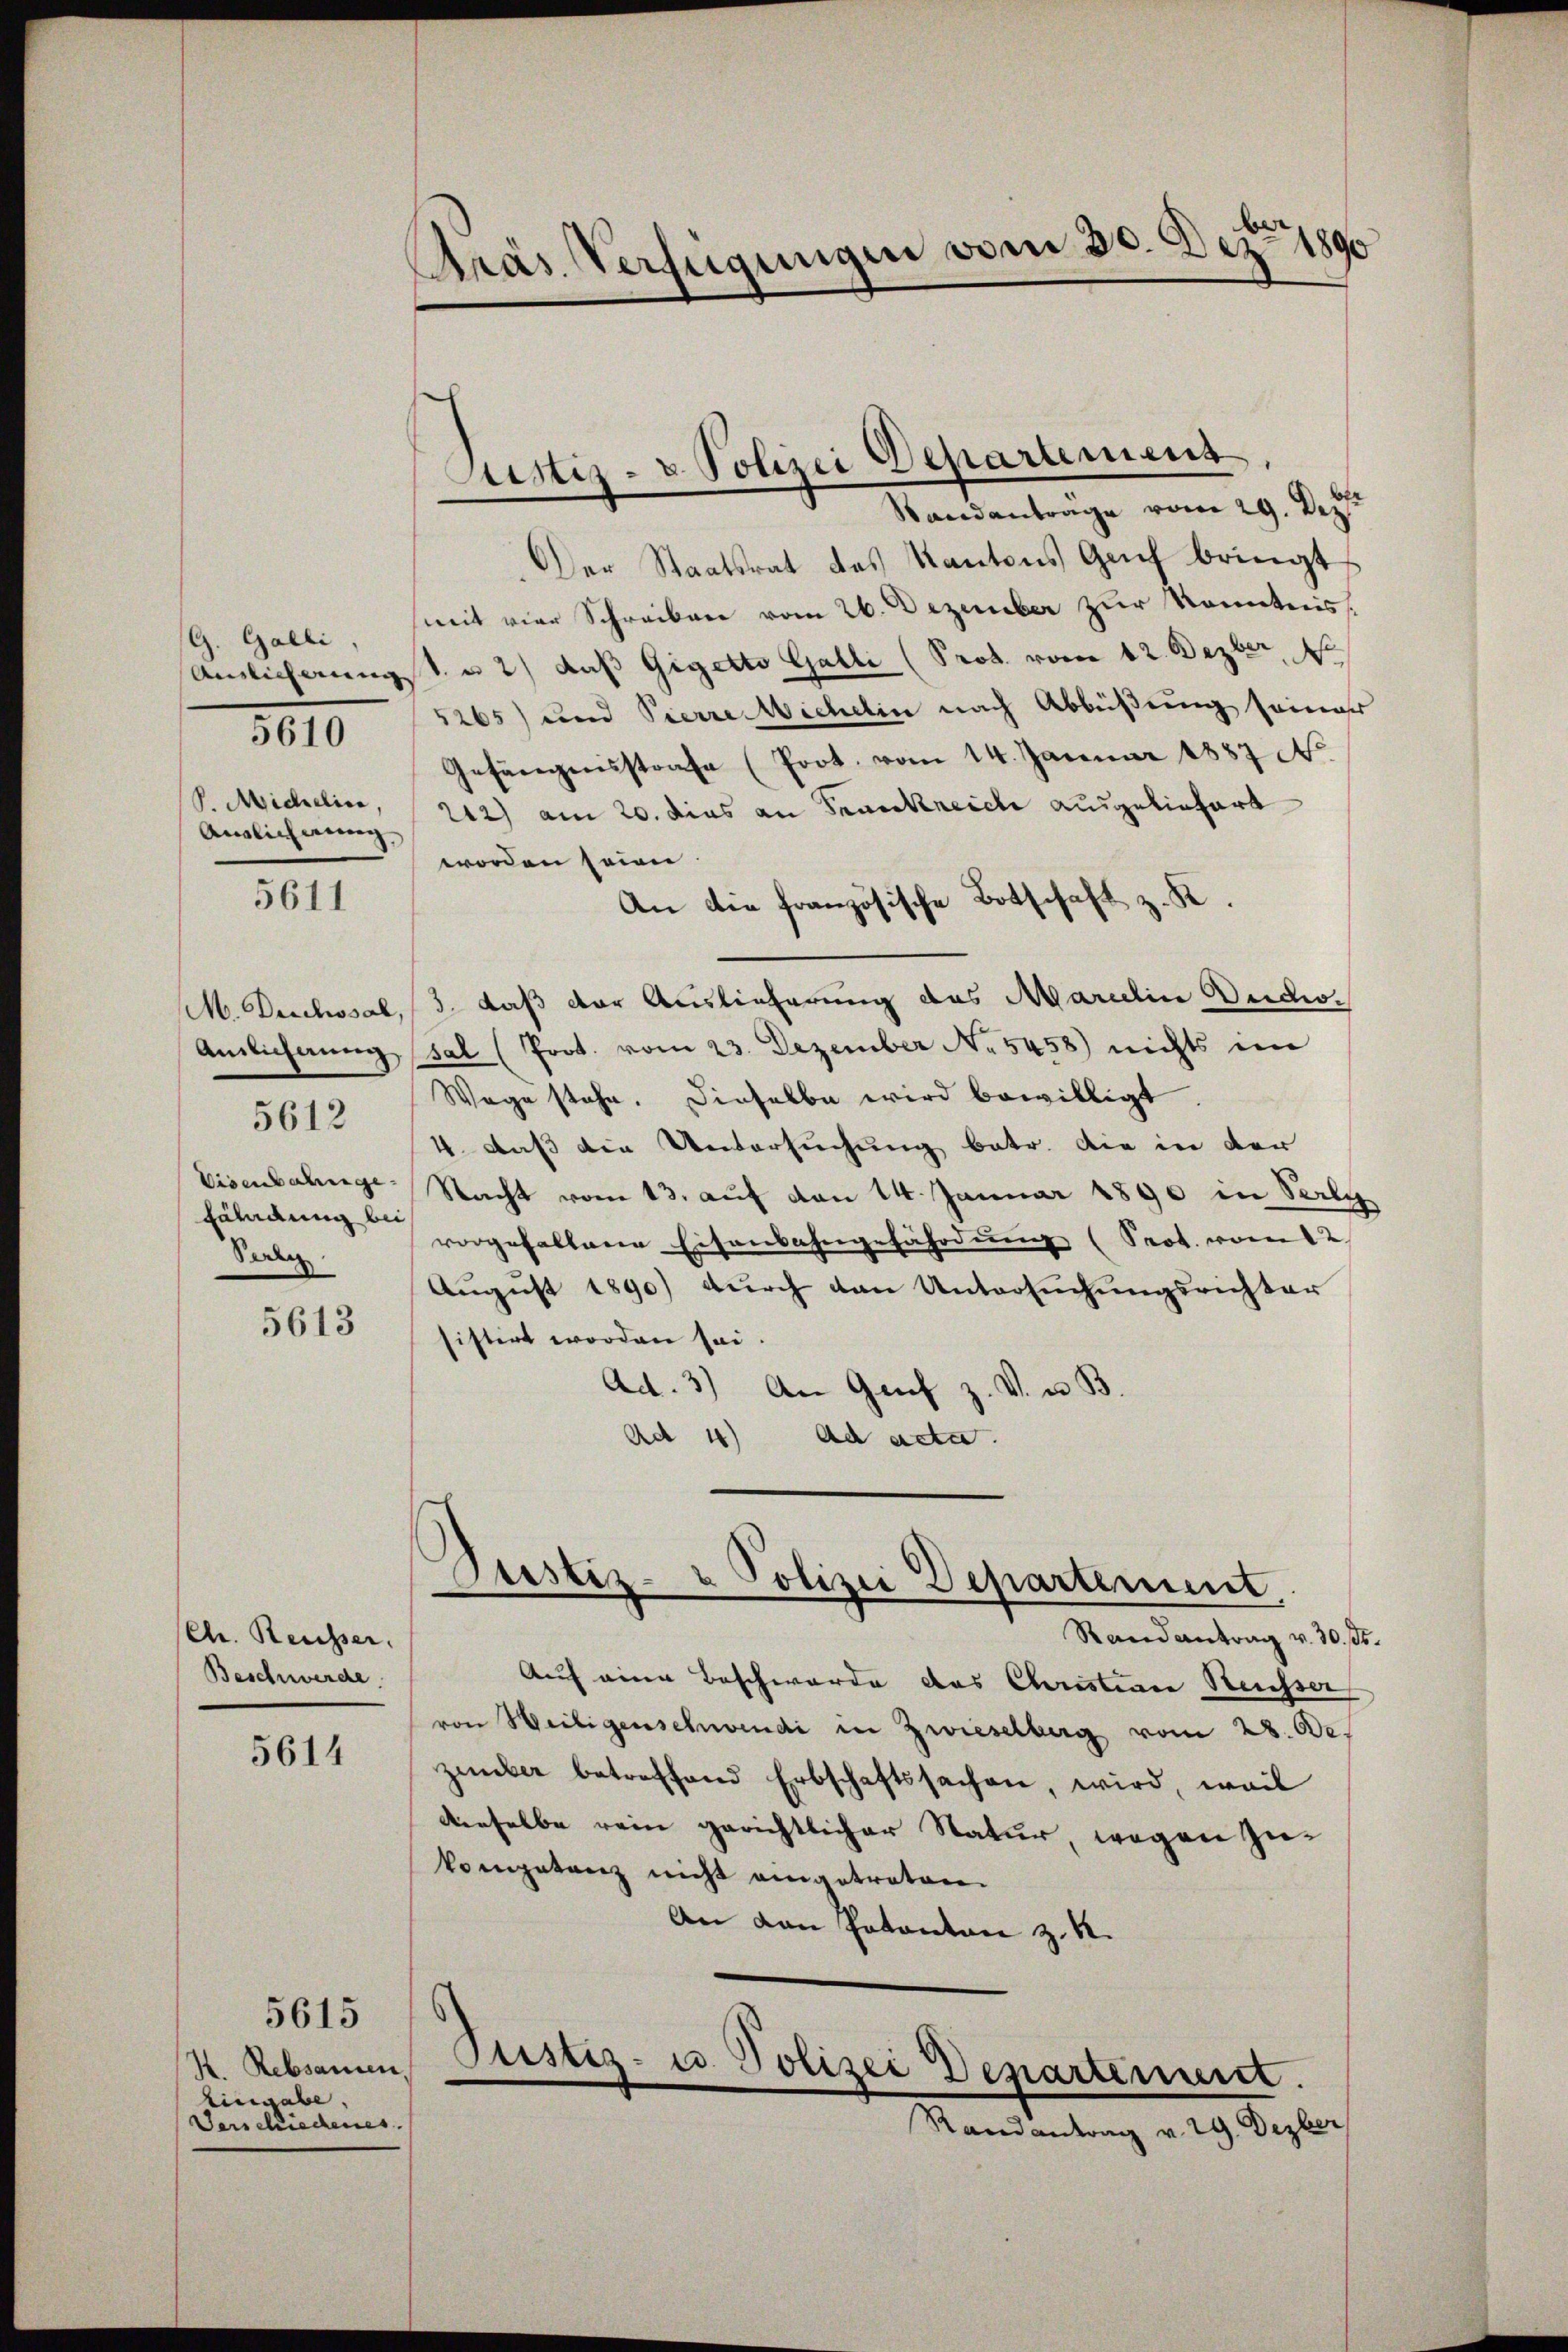
G. Galli,
V. Michelice,
Auslichnung

5610

5611

M. Deschosal,
Eisenbahngefährdung bei
Seren

5612

5613

(Chr. Reusser.
Beschwerde.

5614

K. Rebsamen,
Eingabe,
Verschiechenes.

5615

Präs. Verfügungen vom 30. Dez. 1890

Der Staatsrat des Kantons Genf bringt
mit vier Schreiben vom 26. Dezember zur Kenntnis
Amlicherungst u. 2) daß Gigetto Galli (Prot. vom 12. Dezbr. 1
5265) und Pierreichelin nach Abbüßung seiner
Gefängnisstrafe (Prot. vom 14. Januar 1887 No
212) am 20. dies an Frankreich ausgeliefert
worden seien.
3. daß der Auslieferung des Marielin Duco¬
Amlicherung sal (Prot. vom 23. Dezember No 5458) nichts im
Wege stehe. Dieselbe wird bewilligt.
4. daß die Untersuchung betr. die in der
Nacht vom 13. auf von 14. Januar 1890 in Verle
vorgehaltene Eisenbahngefährdung (Prot. vom 12.
August 1890) durch den Untersuchungsrichter
istirt worden sei.
Ad. 3) An Graf z. V. u. B.
Ad 1) ad acta.

Justiz- u. Polizei Departement,
Standanträge vom 29. Dez.

An die französische Botschaft z. K.

Justiz- & Polizei Departement.
Randantrag v. 30. ß.

Auf eine Beschwerde das Christian Reusser
von Weiligenschwendi in Zwieselberg vom 28. Ode.
zember betreffend Erbschaftssachen, wird, weil
denselbe rein gerichtlicher Natur, wegen zu¬
Vomgetanz nicht eingetreten.
An den Potanton z. R.
Justiz- u. Polizei Departement.
Randantrag v. 29. Dezber